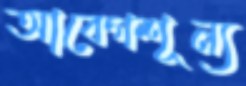
আবেগশূন্য